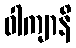
ဝါကျာနိ